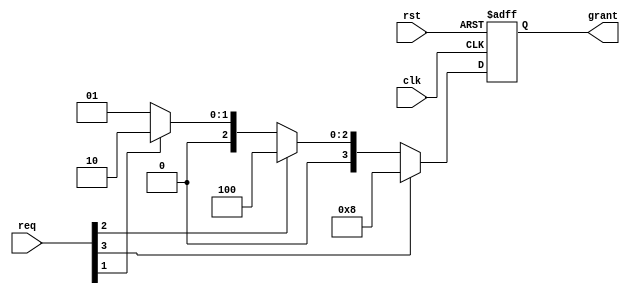
`timescale 1ns / 1ps

module Fixed_priority_Arbiter(
    input clk,
    input rst,
    input [3:0] req,
    output reg [3:0] grant
    );
    always@(posedge clk or negedge rst)
    begin  
    if(!rst) 
    grant=4'b0000; 
    else if(req[3]) 
    grant=4'b1000; 
    else if(req[2]) 
    grant=4'b0100; 
    else if(req[1]) 
    grant=4'b0010; 
    else
    grant=4'b0001;
    end
endmodule